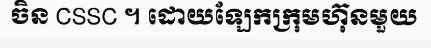
ចិន CSSC ។ ដោយឡែកក្រុមហ៊ុនមួយ